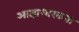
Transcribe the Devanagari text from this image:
आज्ञाधारकता